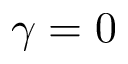
\gamma = 0